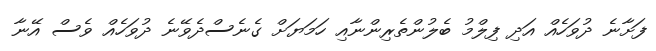
ފަށާނެ ދުވަހެއް އަދި ފިލްމު ބެލުންތެރިންނާއި ހަމަޔަށް ގެނެސްދެވޭނެ ދުވަހެއް ވެސް އޭނާ